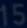
151515151